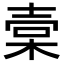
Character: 𣓷